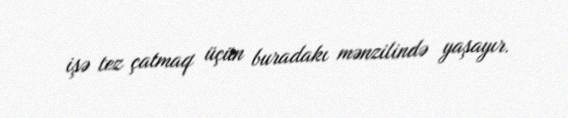
işə tez çatmaq üçün buradakı mənzilində yaşayır.